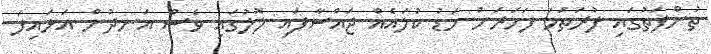
ތުންފަތުގައި ފުރަތަމަ ފަހަރަށް މަޑު ކުލައެއް ޖައްސާފައި ލޮލުގައި ވެސް އަނދުން އަޅައިފަ